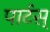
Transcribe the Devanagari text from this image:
पार्टस्